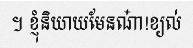
។ ខ្ញុំនិយាយមែនណា៎!ខ្យល់